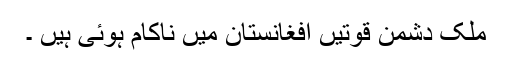
ملک دشمن قوتیں افغانستان میں ناکام ہوئی ہیں ۔